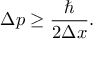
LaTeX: \Delta p \geq { \frac { \hbar } { 2 \Delta x } } .